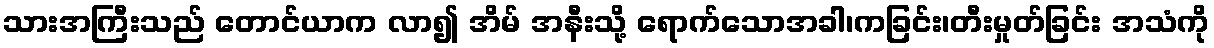
သားအကြီးသည် တောင်ယာက လာ၍ အိမ် အနီးသို့ ရောက်သောအခါ၊ကခြင်း၊တီးမှုတ်ခြင်း အသံကို